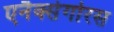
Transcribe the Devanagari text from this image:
एनैक्सेगोरस